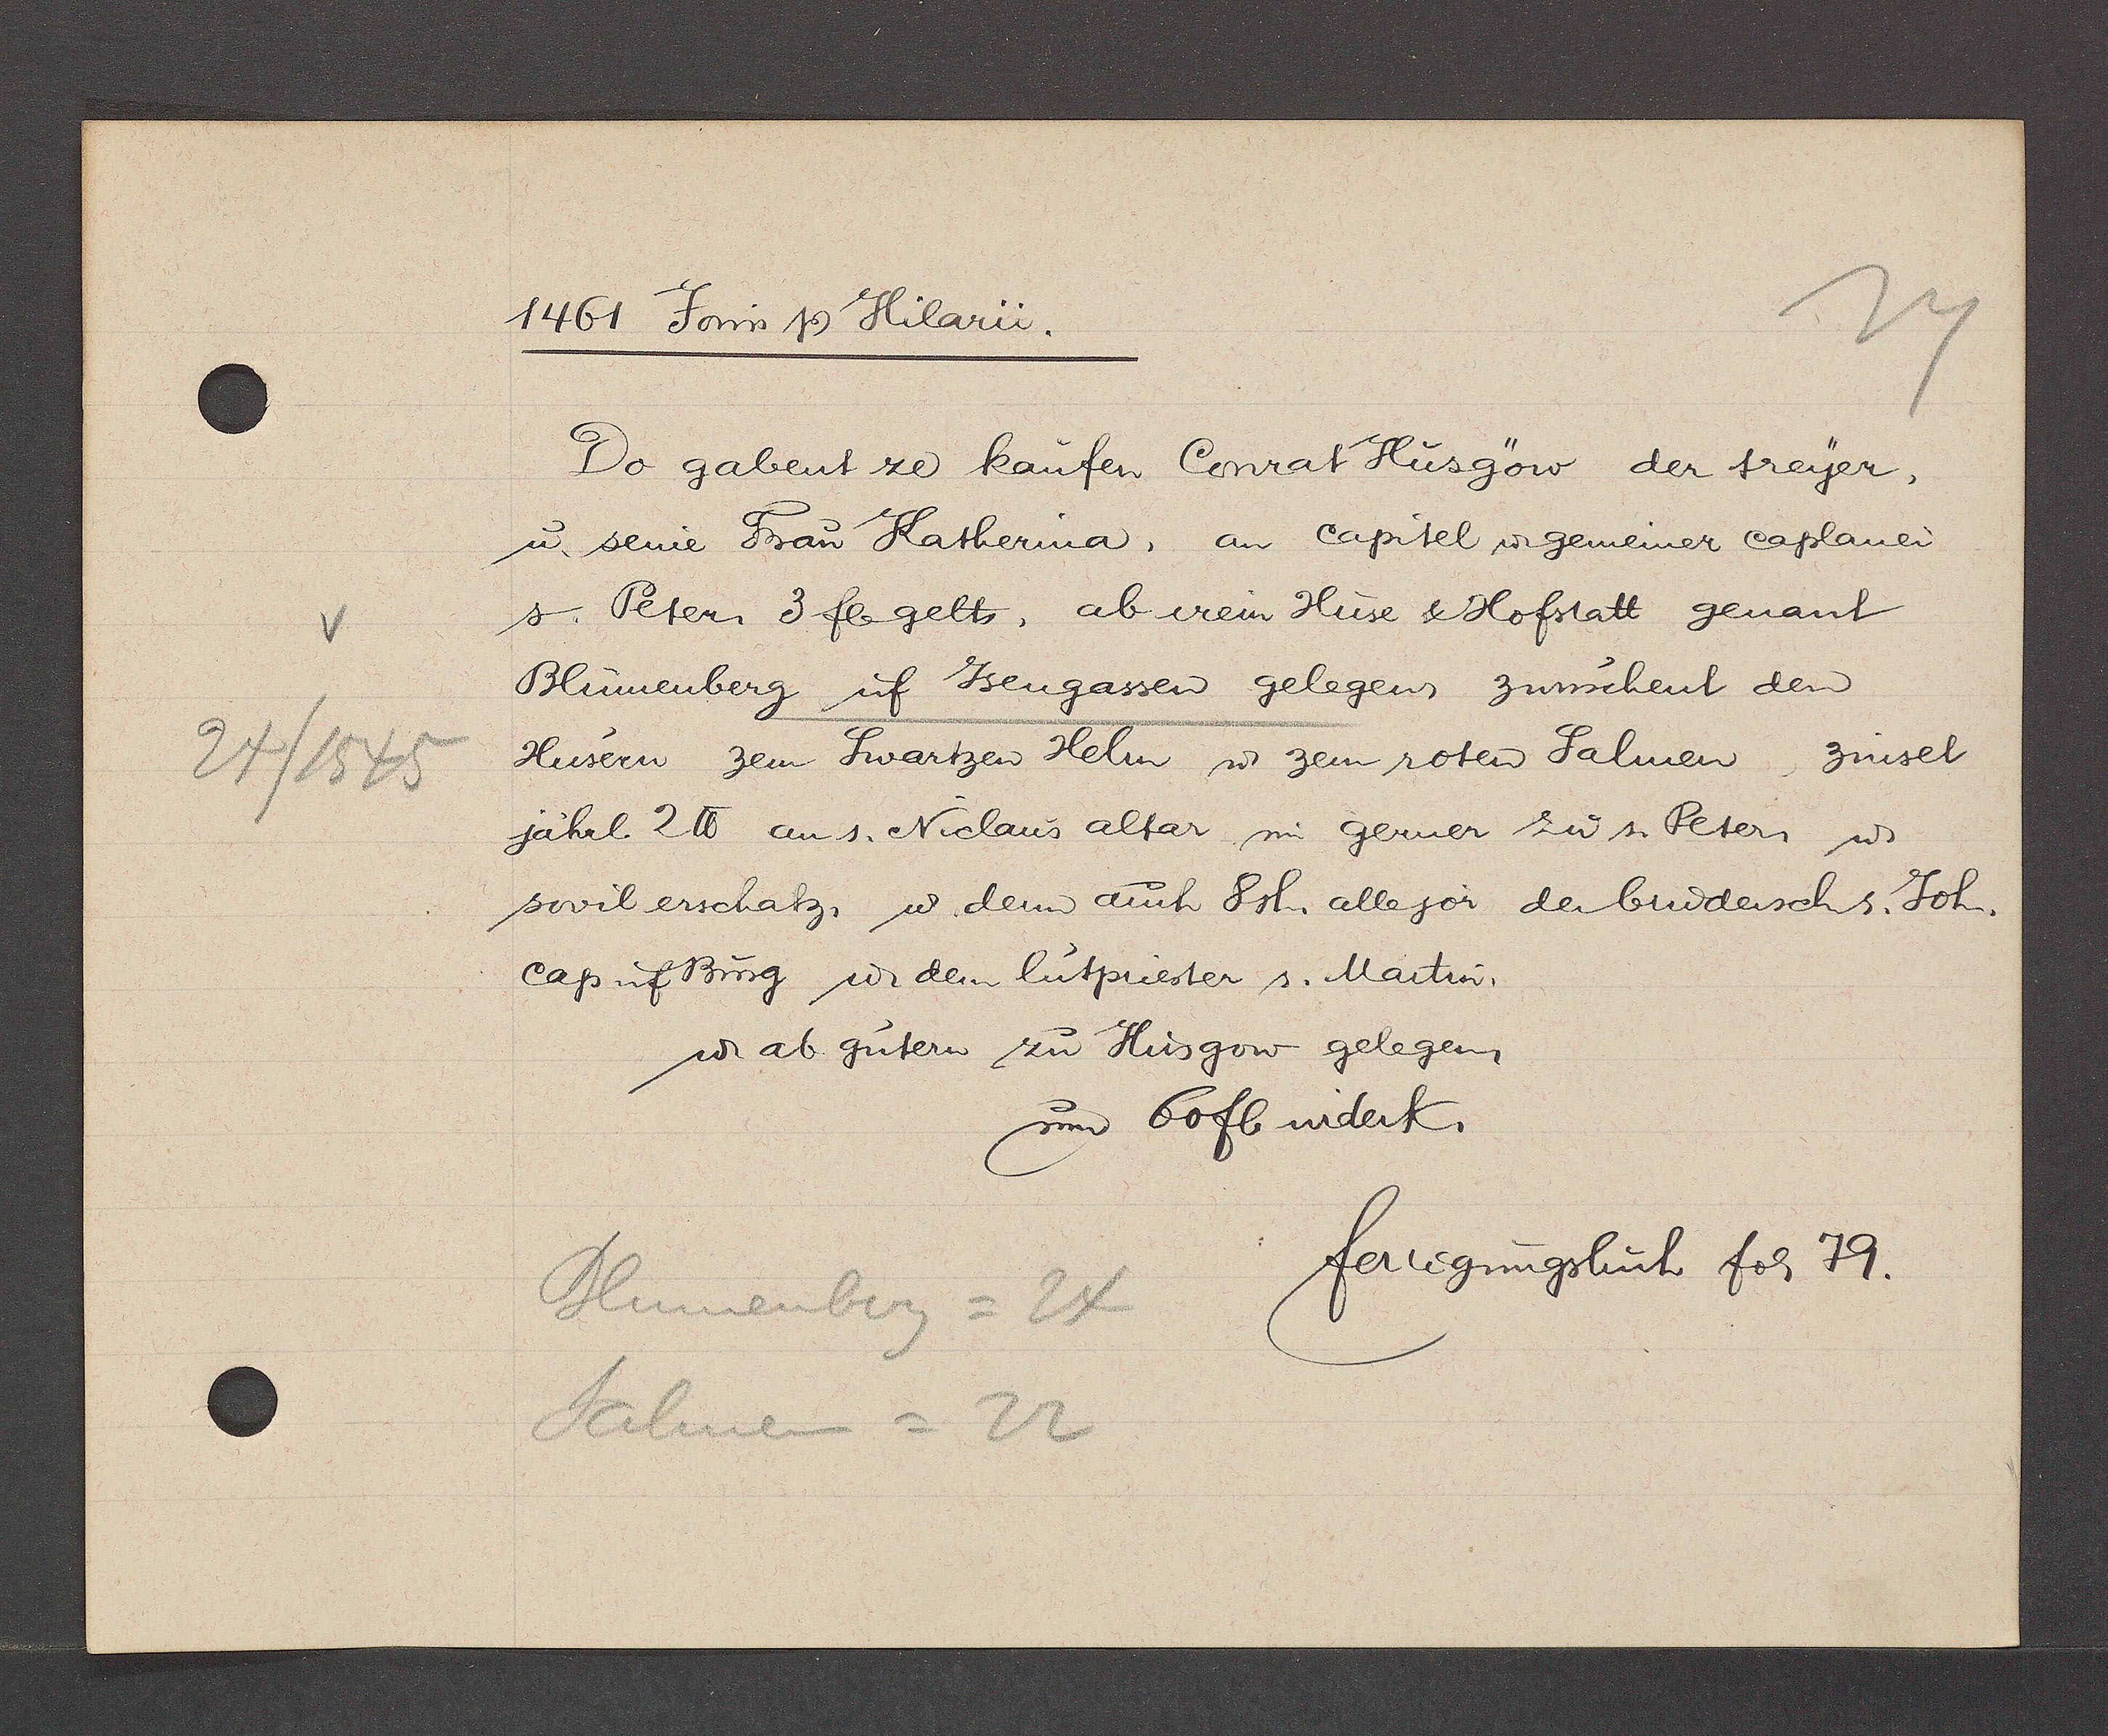
Transcript:
24/1545

1461 Jovvis Ƿ Hilarii.
Do gabent ze kaufen Conrat Husgöw der treyer,
ư. seine Frau Katherina, an capitel ư gemeiner caplanei
s. Peter 3 fl. gelts, ab irein Huse & Hofstatt genant
Blumenberg uf Jsengassen gelegens zwuschent den
Husern zem Swartzen Helm ư zem roten Salmen. zinset
jährl 2 ℔ an s. Niclaus altar im gerner zư s. Peter ư
sovil erschatz, ư denn auch 8 sh. allejor der bruderschs. Joh.
cap uf Burg ư. dem lutpriester s. Martin.
ư ab gutern zu Husgow gelegen.
um 60fl. widerk.
fertigungsbuch fol. 79.
Blumenberg = 24
Salmen = 22